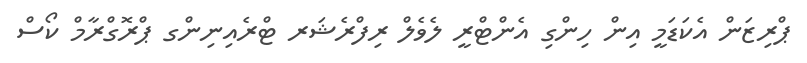
ޕްރިޒަން އެކަޑަމީ އިން ހިންގި އެންޓްރީ ލެވެލް ރިފްރެޝަރ ޓްރެއިނިންގ ޕްރޮގްރާމް ކޯސް